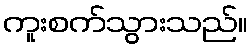
ကူးစက်သွားသည်။